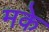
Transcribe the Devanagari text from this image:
मके